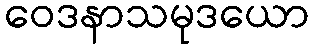
ဝေဒနာသမုဒယော